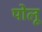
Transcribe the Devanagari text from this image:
पोलू